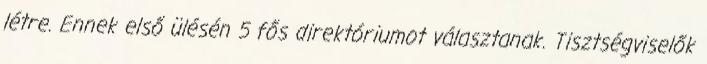
létre. Ennek első ülésén 5 fős direktóriumot választanak. Tisztségviselők